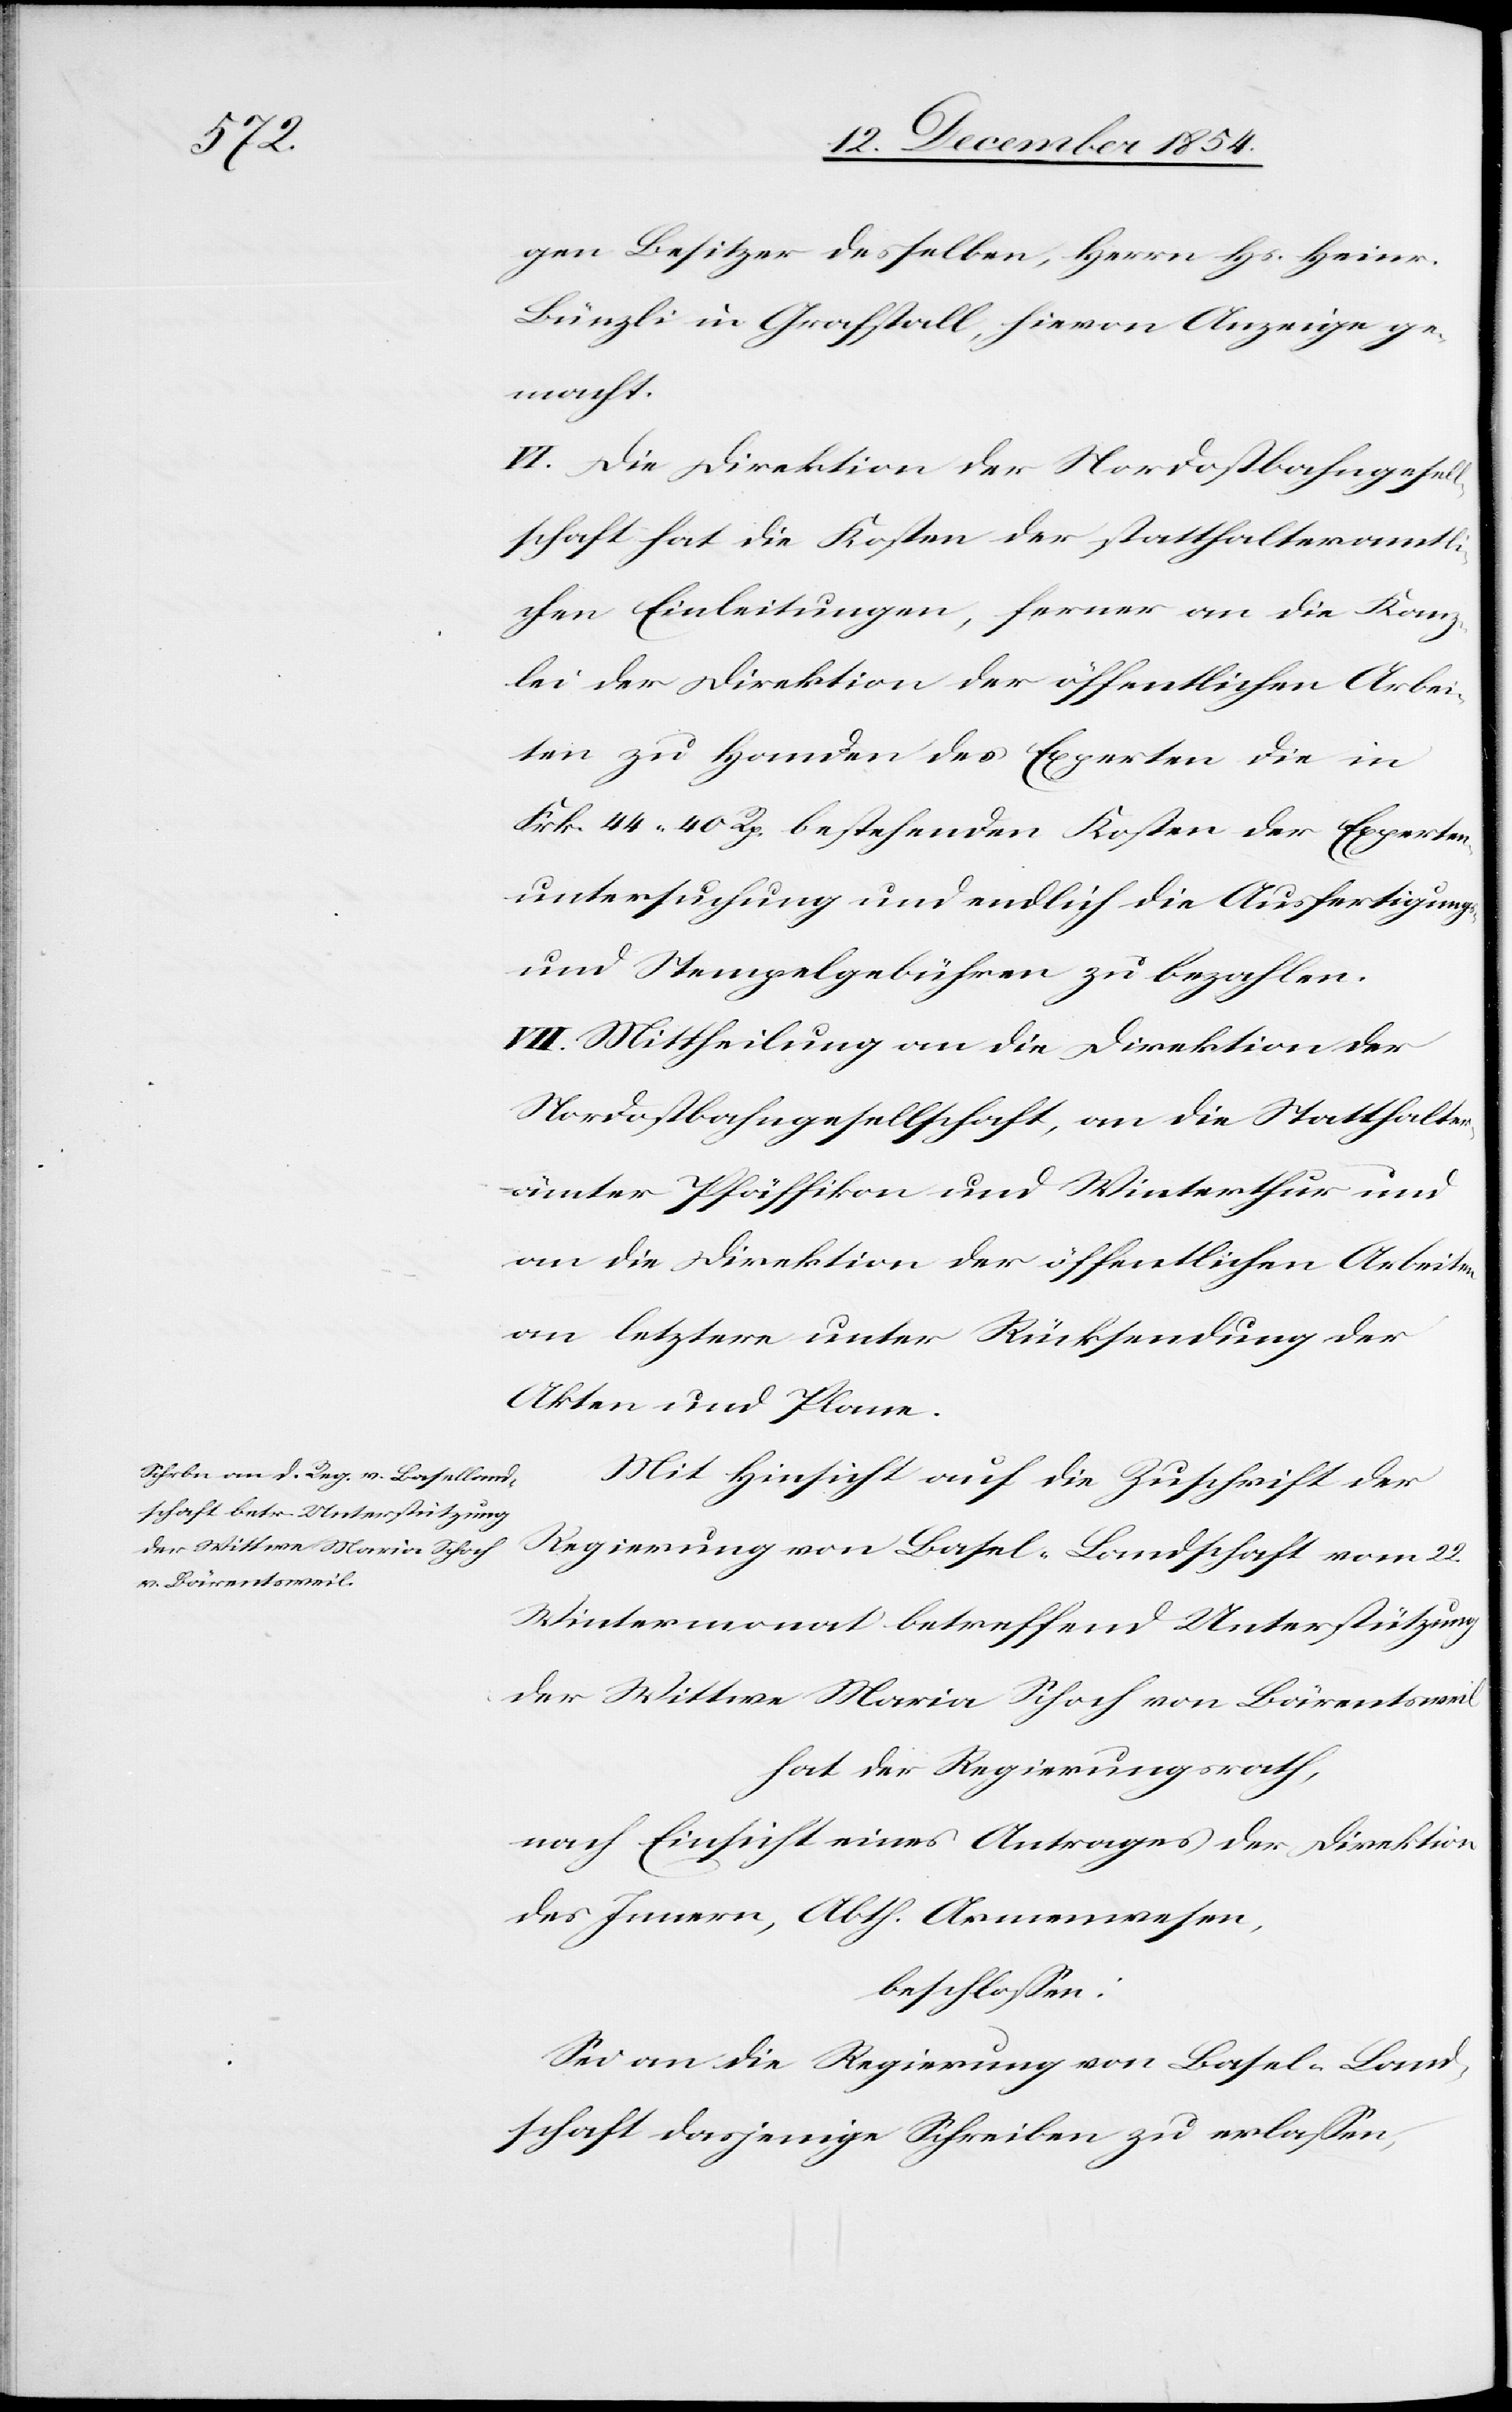
gen Besitzer desselben, Herrn Hs. Heinr.
Bünzli in Grafstall, hievon Anzeige ge¬
macht.
VI. Die Direktion der Nordostbahngesell¬
schaft hat die Kosten der statthalteramtli¬
chen Einleitungen, ferner an die Kanz¬
lei der Direktion der öffentlichen Arbei¬
ten zu Handen des Experten die in
Frk. 44. 40 Rp bestehenden Kosten der Experten¬
untersuchung und endlich die Ausfertigungs-
und Stempelgebühren zu bezahlen.
VII. Mittheilung an die Direktion der
Nordostbahngesellschaft, an die Statthalter¬
ämter Pfäffikon und Winterthur und
an die Direktion der öffentlichen Arbeiten
an letztere unter Rücksendung der
Akten und Plane.
Mit Hinsicht auf die Zuschrift der
Regierung von Basel-Landschaft vom 22.
Wintermonat betreffend Unterstützung
der Wittwe Maria Schoch von Bärentsweil
hat der Regierungsrath,
nach Einsicht eines Antrages der Direktion
des Innern, Abth. Armenwesen,
beschloßen:
Sei an die Regierung von Basel-Land¬
schaft dasjenige Schreiben zu erlaßen,